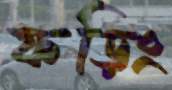
ফড়িং